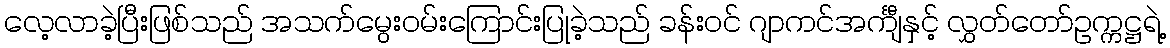
လေ့လာခဲ့ပြီးဖြစ်သည် အသက်မွေးဝမ်းကြောင်းပြုခဲ့သည် ခန်းဝင် ဂျာကင်အင်္ကျီနှင့် လွှတ်တော်ဥက္ကဋ္ဌရဲ့